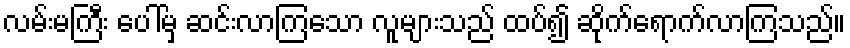
လမ်းမကြီး ပေါ်မှ ဆင်းလာကြသော လူများသည် ထပ်၍ ဆိုက်ရောက်လာကြသည်။